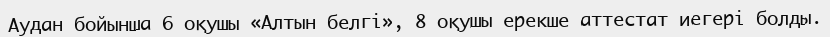
Аудан бойынша 6 оқушы «Алтын белгі», 8 оқушы ерекше аттестат иегері болды.